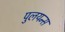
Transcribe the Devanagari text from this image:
पुलयन्स